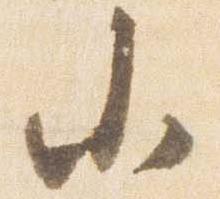
小